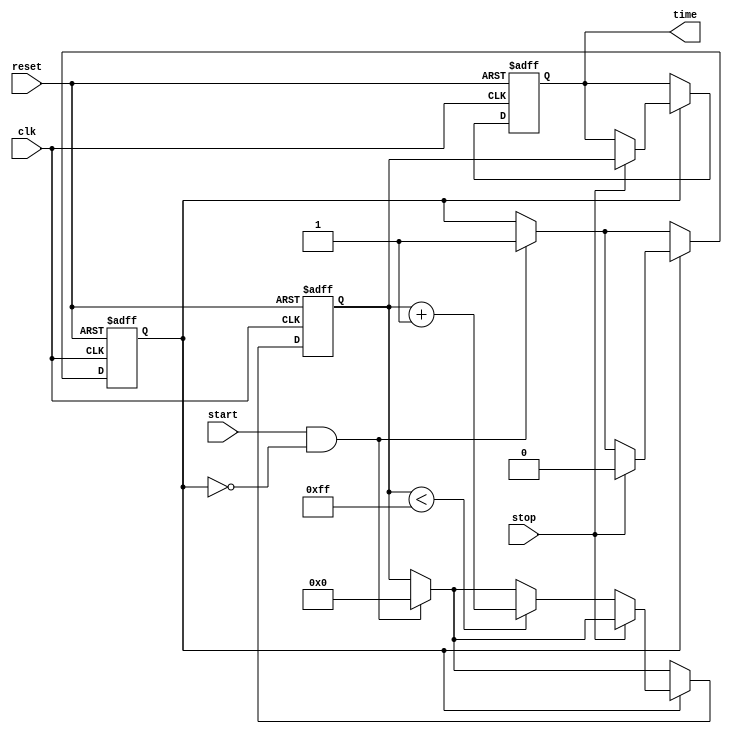
module TDC (
    input wire clk,          // Clock signal
    input wire reset,        // Reset signal
    input wire start,        // Start signal
    input wire stop,         // Stop signal
    output reg [N-1:0] time  // Output time interval (N bits)
);

parameter N = 8;            // Number of bits for output (defines the resolution)
parameter DELAY_COUNT = 16; // Number of delay elements in the delay line

// Delay line array
reg [DELAY_COUNT-1:0] delay_line;
reg [N-1:0] counter;       // Counter for measuring time intervals
reg measuring;             // Flag to indicate if measuring is in progress

// Generate the delay line
always @(posedge clk or posedge reset) begin
    if (reset) begin
        delay_line <= 0;
    end else begin
        delay_line <= {delay_line[DELAY_COUNT-2:0], 1'b0}; // Shift the delay line
    end
end

// Control logic for start and stop signals
always @(posedge clk or posedge reset) begin
    if (reset) begin
        measuring <= 0;
        counter <= 0;
        time <= 0;
    end else begin
        if (start && !measuring) begin
            measuring <= 1; // Start measuring
            counter <= 0;   // Reset counter
        end
        
        if (measuring) begin
            if (stop) begin
                measuring <= 0; // Stop measuring
                time <= counter; // Capture the time interval
            end else begin
                if (counter < (1 << N) - 1) begin
                    counter <= counter + 1; // Increment counter
                end
            end
        end
    end
end

endmodule